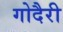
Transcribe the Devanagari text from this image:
गोदैरी